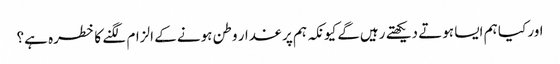
اور کیا ہم ایسا ہوتے دیکھتے رہیں‌گے کیونکہ ہم پر غدار وطن ہونے کے الزام لگنے کا خطرہ ہے؟